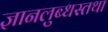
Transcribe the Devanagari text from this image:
ज्ञानलुब्धस्तथा